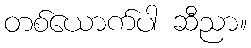
တစ်ယောက်ပါ ဆီညာ။